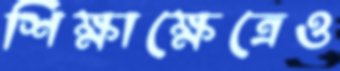
শিক্ষাক্ষেত্রেও